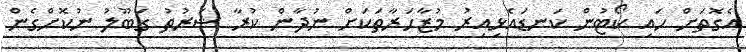
އެގޮތަށް ހައި ކޯޓުން ކަނޑައެޅިއިރު މުޒާހަރާތަކަށް ނުދާން ކުރާ ޝަރުތު ގަބޫލު ނުކޮށްގެން